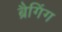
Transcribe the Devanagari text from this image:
ब्रैगिंग